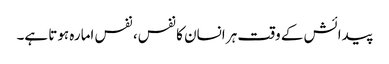
پیدائش کے وقت ہر انسان کا نفس، نفس امارہ ہوتا ہے۔